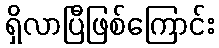
ရှိလာပြီဖြစ်ကြောင်း